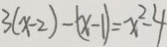
3 ( x - 2 ) - ( x - 1 ) = x ^ { 2 } - 4